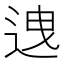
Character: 𨒧